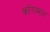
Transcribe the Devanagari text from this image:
कोंगमान